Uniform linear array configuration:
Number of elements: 12
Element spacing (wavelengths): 0.25
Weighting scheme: cosine
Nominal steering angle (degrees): -30
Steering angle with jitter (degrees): -29.209
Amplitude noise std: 0.05
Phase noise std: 0.05

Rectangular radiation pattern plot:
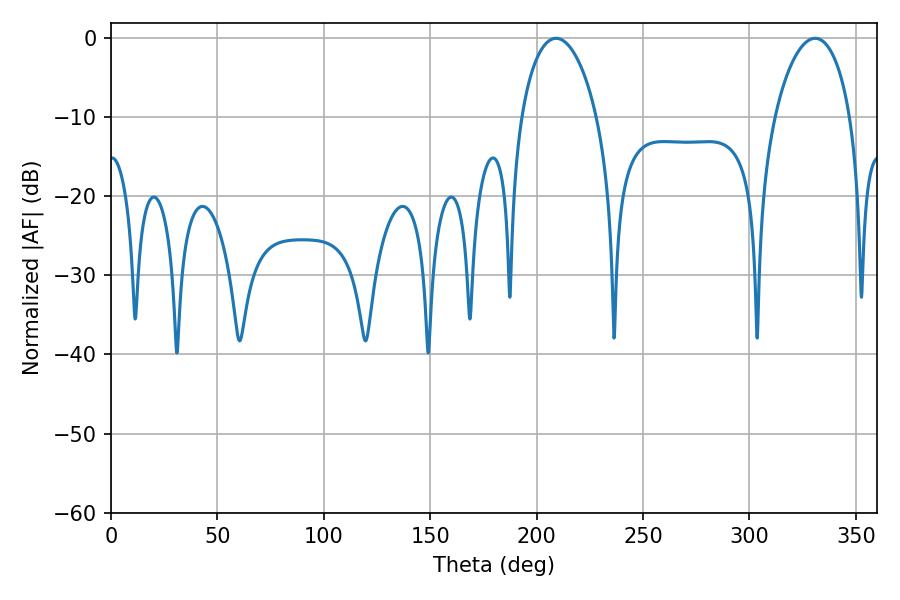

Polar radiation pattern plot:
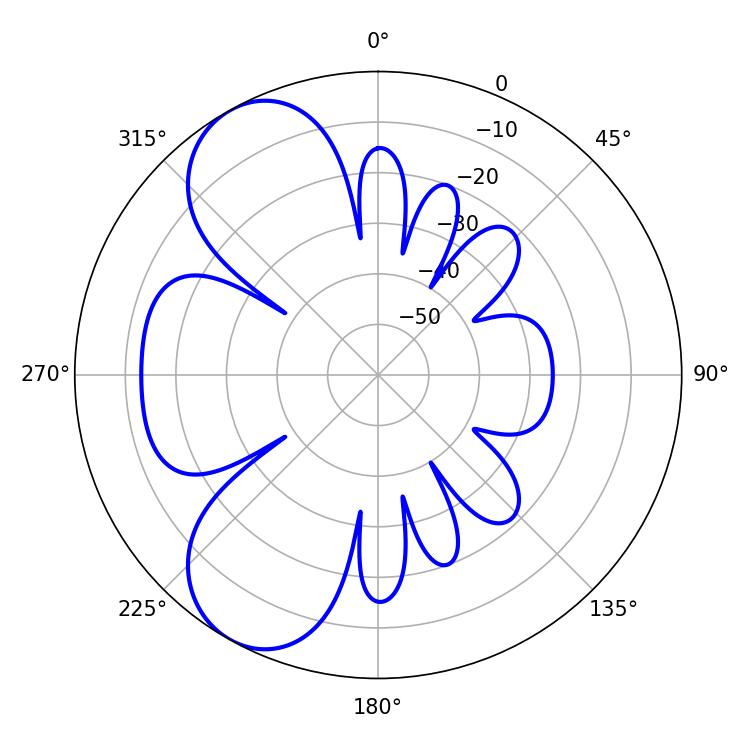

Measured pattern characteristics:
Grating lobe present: FALSE
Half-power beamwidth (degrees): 20.34
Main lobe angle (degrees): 209.16